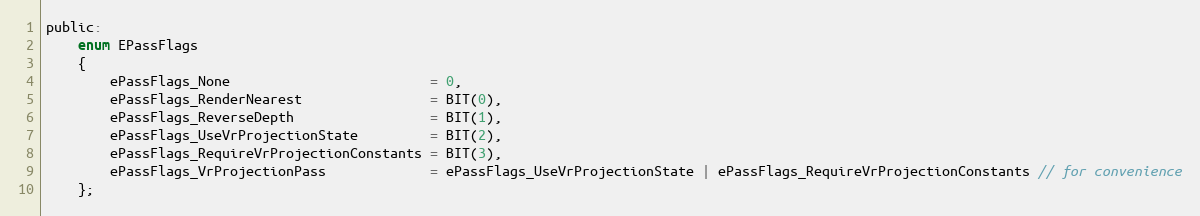
Language: C
public:
	enum EPassFlags
	{
		ePassFlags_None                         = 0,
		ePassFlags_RenderNearest                = BIT(0),
		ePassFlags_ReverseDepth                 = BIT(1),
		ePassFlags_UseVrProjectionState         = BIT(2),
		ePassFlags_RequireVrProjectionConstants = BIT(3),
		ePassFlags_VrProjectionPass             = ePassFlags_UseVrProjectionState | ePassFlags_RequireVrProjectionConstants // for convenience
	};